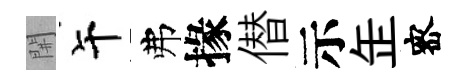
𨳩午弗掾僣示𦈢宻